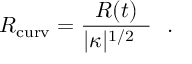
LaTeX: { R _ { \mathrm { c u r v } } = { \frac { R ( t ) } { | \kappa | ^ { 1 / 2 } \ \ } } } \ \ .